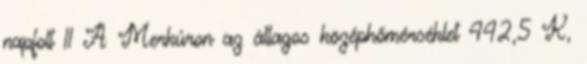
napfolt 11 A Merkúron az átlagos középhőmérséklet 442,5 K,